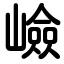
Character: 嶮